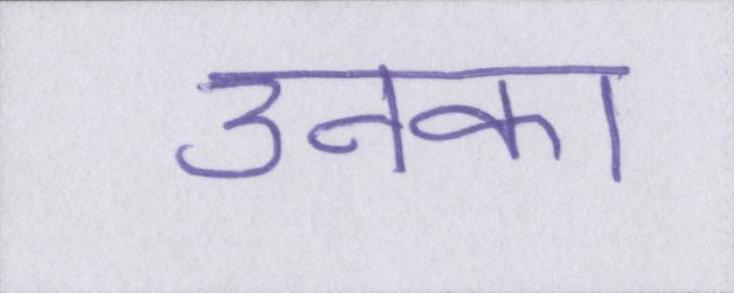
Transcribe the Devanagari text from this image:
उनका